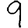
Digit: 9